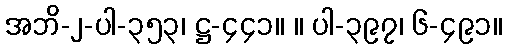
အဘိ-၂-ပါ-၃၅၃၊ ဋ္ဌ-၄၄၁။ ။ ပါ-၃၉၇၊ ၆-၄၉၁။